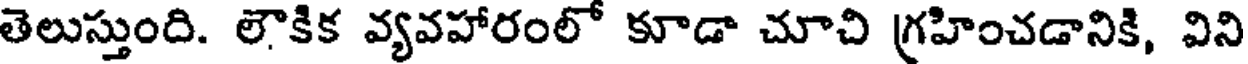
తెలుస్తుంది. లౌకిక వ్యవహారంలో కూడా చూచి గ్రహించడానికి, విని